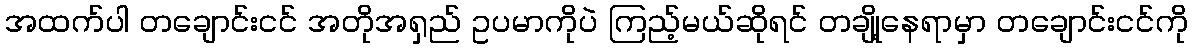
အထက်ပါ တချောင်းငင် အတိုအရှည် ဥပမာကိုပဲ ကြည့်မယ်ဆိုရင် တချို့နေရာမှာ တချောင်းငင်ကို